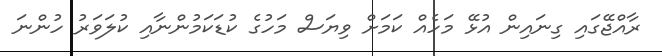
ރާއްޖޭގައި ގިނައިން އުޅޭ މަހެއް ކަމަށް ވިޔަސް މަހުގެ ކުޑަކަމުންނާއި ކުލަވަރު ހުންނަ